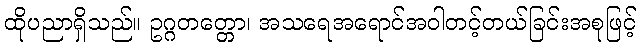
ထိုပညာရှိသည်။ ဥဂ္ဂတတ္တော၊ အသရေအရောင်အဝါတင့်တယ်ခြင်းအစုဖြင့်